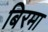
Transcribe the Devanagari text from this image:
बिरमा